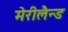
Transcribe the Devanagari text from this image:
मेरीलैन्ड